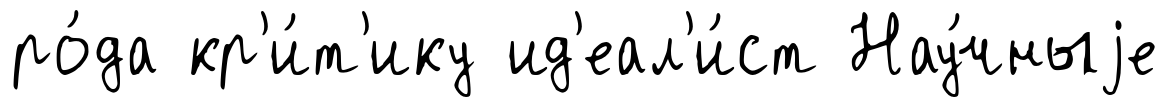
ро́да кр'и́т'ику ид'еал'и́ст Нау́чныjе